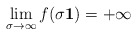
\begin{align*} \lim_{\sigma \rightarrow \infty} f (\sigma {\bf 1}) = + \infty\end{align*}